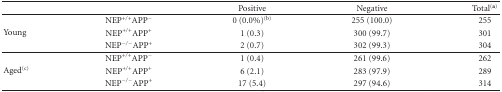
<table><thead><tr><td></td><td></td><td><b>Positive</b></td><td><b>Negative</b></td><td><b>Total<sup>(a)</sup></b></td></tr></thead><tbody><tr><td rowspan="3">Young</td><td>NEP<sup>+/+</sup>APP<sup>−</sup></td><td>0 (0.0%)<sup>(b)</sup></td><td>255 (100.0)</td><td>255</td></tr><tr><td>NEP<sup>+/+</sup>APP<sup>+</sup></td><td>1 (0.3)</td><td>300 (99.7)</td><td>301</td></tr><tr><td>NEP<sup>−/−</sup>APP<sup>+</sup></td><td>2 (0.7)</td><td>302 (99.3)</td><td>304</td></tr><tr><td rowspan="3">Aged<sup>(c)</sup></td><td>NEP<sup>+/+</sup>APP<sup>−</sup></td><td>1 (0.4)</td><td>261 (99.6)</td><td>262</td></tr><tr><td>NEP<sup>+/+</sup>APP<sup>+</sup></td><td>6 (2.1)</td><td>283 (97.9)</td><td>289</td></tr><tr><td>NEP<sup>−/−</sup>APP<sup>+</sup></td><td>17 (5.4)</td><td>297 (94.6)</td><td>314</td></tr></tbody></table>